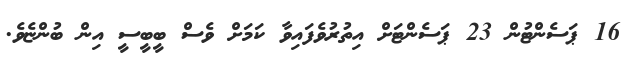
16 ޕަސެންޓުން 23 ޕަސެންޓަށް އިތުރުވެފައިވާ ކަމަށް ވެސް ބީބީސީ އިން ބުންޏެވެ.